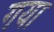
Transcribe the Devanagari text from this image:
गया